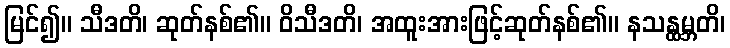
မြင်၍။ သီဒတိ၊ ဆုတ်နစ်၏။ ဝိသီဒတိ၊ အထူးအားဖြင့်ဆုတ်နစ်၏။ နသန္ထမ္ဘတိ၊